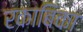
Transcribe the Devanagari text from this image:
रकाबिका